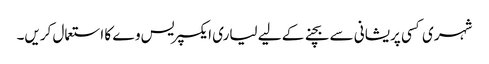
شہری کسی پریشانی سے بچنے کے لیے لیاری ایکسپریس وے کا استعمال کریں۔